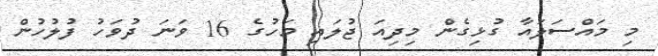
މި މައްސަލައާ ގުޅިގެން މިދިއަ ޖުލައި މަހުގެ 16 ވަނަ ދުވަހު ފުލުހުން